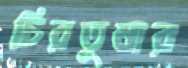
চিরতুষার